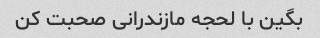
بگین با لحجه مازندرانی صحبت کن